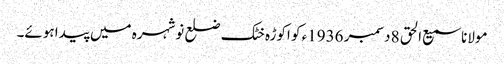
مولانا سمیع الحق 8 دسمبر 1936ء کو اکوڑہ خٹک ضلع نوشہرہ میں پیدا ہوئے۔